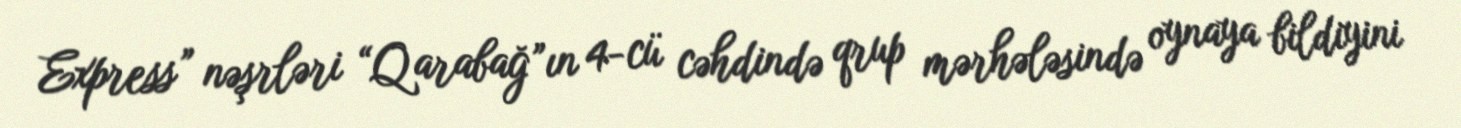
Express” nəşrləri “Qarabağ”ın 4-cü cəhdində qrup mərhələsində oynaya bildiyini